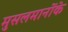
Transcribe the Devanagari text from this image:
मुसलमानोंके